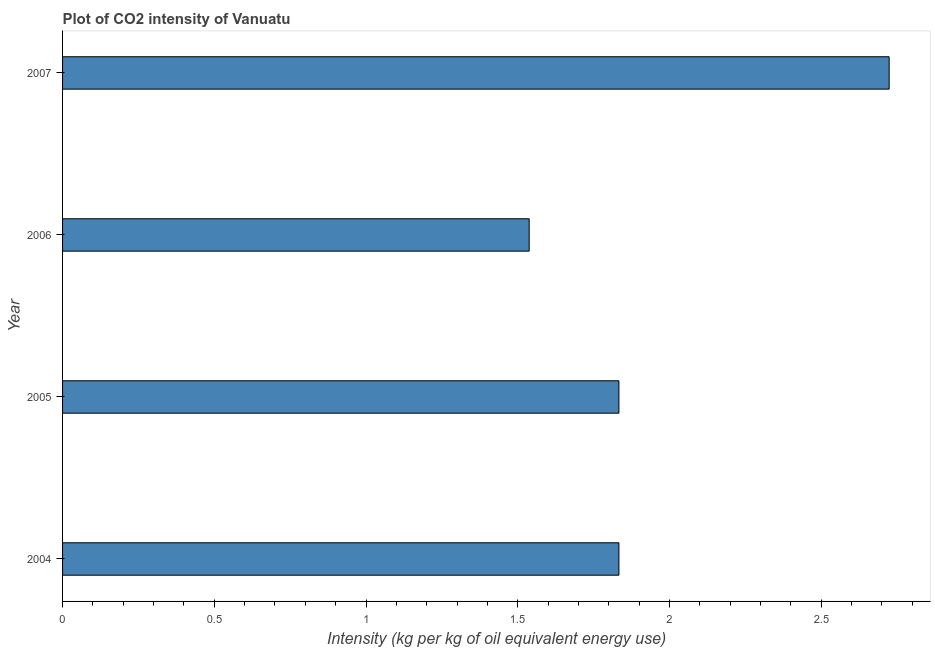
| Year | CO2 intensity |
 | --- | --- |
 | 2004 | 1.83 |
 | 2005 | 1.83 |
 | 2006 | 1.54 |
 | 2007 | 2.72 |